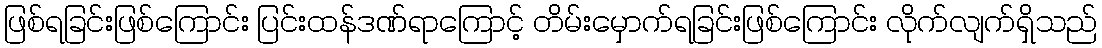
ဖြစ်ရခြင်းဖြစ်ကြောင်း ပြင်းထန်ဒဏ်ရာကြောင့် တိမ်းမှောက်ရခြင်းဖြစ်ကြောင်း လိုက်လျက်ရှိသည်